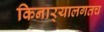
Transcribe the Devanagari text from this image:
किनार्‍यालगतच